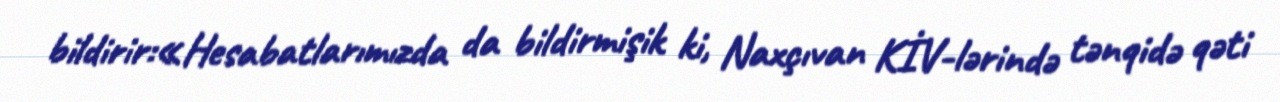
bildirir:«Hesabatlarımızda da bildirmişik ki, Naxçıvan KİV-lərində tənqidə qəti